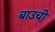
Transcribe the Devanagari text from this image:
बाउची